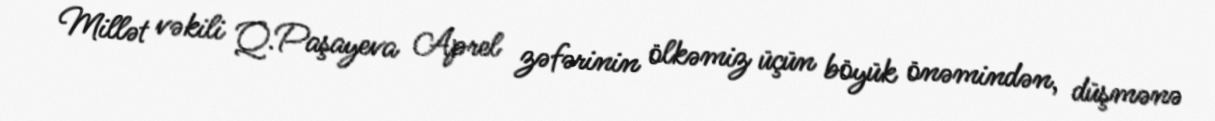
Millət vəkili Q.Paşayeva Aprel zəfərinin ölkəmiz üçün böyük önəmindən, düşmənə